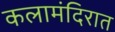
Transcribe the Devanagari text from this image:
कलामंदिरात